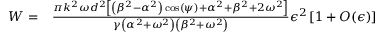
\begin{array} { r l } { W = } & { \frac { \pi k ^ { 2 } \omega d ^ { 2 } \left[ \left( \beta ^ { 2 } - \alpha ^ { 2 } \right) \cos ( \psi ) + \alpha ^ { 2 } + \beta ^ { 2 } + 2 \omega ^ { 2 } \right] } { \gamma \left( \alpha ^ { 2 } + \omega ^ { 2 } \right) \left( \beta ^ { 2 } + \omega ^ { 2 } \right) } \epsilon ^ { 2 } \left[ 1 + O ( \epsilon ) \right] } \end{array}